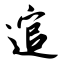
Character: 逭